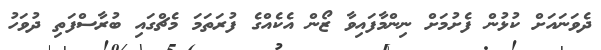
ދެވަނައަށް ކުޅުން ފެށުމަށް ނިންމާފައިވާ ޒޯން އެކެއްގެ ފުރަތަމަ މެޗްގައި ބުރާސްފަތި ދުވަހު